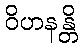
ဝိဟနန္တိ